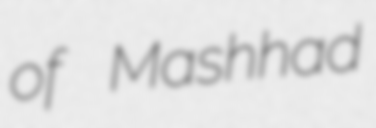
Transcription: of Mashhad